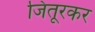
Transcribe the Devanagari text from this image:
जिंतूरकर